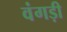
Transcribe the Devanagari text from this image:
वंगड़ी